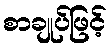
စာချုပ်ဖြင့်